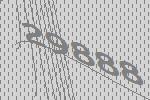
29888